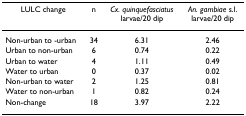
| LULC change | n | Cx. quinquefasciatus larvae/20 dip | An. gambiae s.l. larvae/20 dip |
 | --- | --- | --- | --- |
 | Non-urban to -urban | 34 | 6.31 | 2.46 |
 | Urban to non-urban | 6 | 0.74 | 0.22 |
 | Urban to water | 4 | 1.11 | 0.49 |
 | Water to urban | 0 | 0.37 | 0.02 |
 | Non-urban to water | 2 | 1.25 | 0.81 |
 | Water to non-urban | 1 | 0.82 | 0.24 |
 | Non-change | 18 | 3.97 | 2.22 |